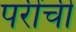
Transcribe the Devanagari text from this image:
परींची